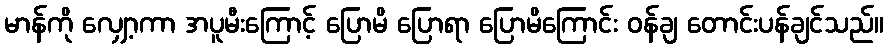
မာန်ကို လျှော့ကာ အပူမီးကြောင့် ပြောမိ ပြောရာ ပြောမိကြောင်း ဝန်ချ တောင်းပန်ချင်သည်။